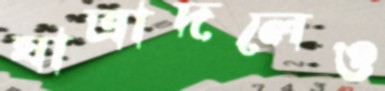
যাত্রাদলেও